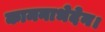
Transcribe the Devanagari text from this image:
कामनाभेदेन।